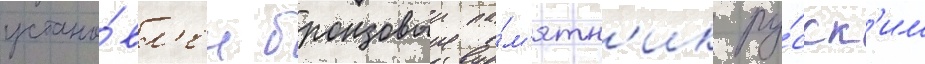
устано́вл'ен бронзовыи па́м'ятн'ик ру́сск'им